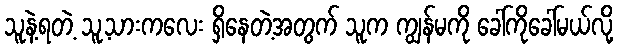
သူနဲ့ရတဲ့ သူ့သားကလေး ရှိနေတဲ့အတွက် သူက ကျွန်မကို ခေါ်ကိုခေါ်မယ်လို့